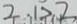
2 . 1 > 2